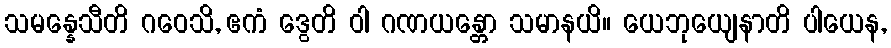
သမန္နေသီတိ ဂဝေသိ, ဧကံ ဒွေတိ ဝါ ဂဏယန္တော သမာနယိ။ ယေဘုယျေနာတိ ပါယေန,